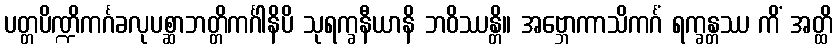
ပတ္တပိဏ္ဍိကင်္ဂခလုပစ္ဆာဘတ္တိကင်္ဂါနိပိ သုရက္ခနီယာနိ ဘဝိဿန္တိ။ အဗ္ဘောကာသိကင်္ဂံ ရက္ခန္တဿ ကိံ အတ္ထိ